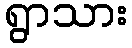
ရွာသား